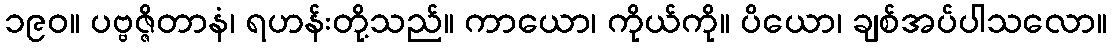
၁၉၀။ ပဗ္ဗဇ္ဇိတာနံ၊ ရဟန်းတို့သည်။ ကာယော၊ ကိုယ်ကို။ ပိယော၊ ချစ်အပ်ပါသလော။